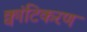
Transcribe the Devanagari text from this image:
क्वांटिकरण